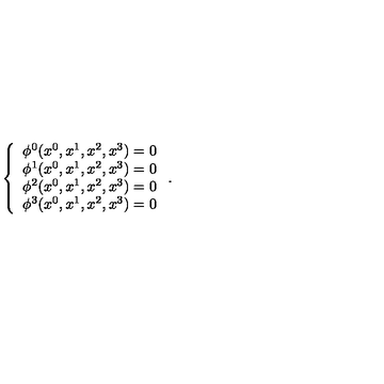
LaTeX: \left\{ \begin{array} { c } { \phi ^ { 0 } ( x ^ { 0 } , x ^ { 1 } , x ^ { 2 } , x ^ { 3 } ) = 0 } \\ { \phi ^ { 1 } ( x ^ { 0 } , x ^ { 1 } , x ^ { 2 } , x ^ { 3 } ) = 0 } \\ { \phi ^ { 2 } ( x ^ { 0 } , x ^ { 1 } , x ^ { 2 } , x ^ { 3 } ) = 0 } \\ { \phi ^ { 3 } ( x ^ { 0 } , x ^ { 1 } , x ^ { 2 } , x ^ { 3 } ) = 0 } \\ \end{array} \right. .